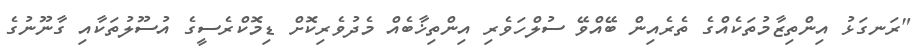
"ރަނގަޅު އިންތިޒާމުތަކެއްގެ ތެރެއިން ބޭއްވޭ ސުލްހަވެރި އިންތިޚާބެއް މެދުވެރިކޮށް ޑިމޮކްރެސީގެ އުސޫލުތަކާއި ގާނޫނުގެ